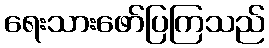
ရေးသားဖော်ပြကြသည်